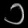
Digit: ၁